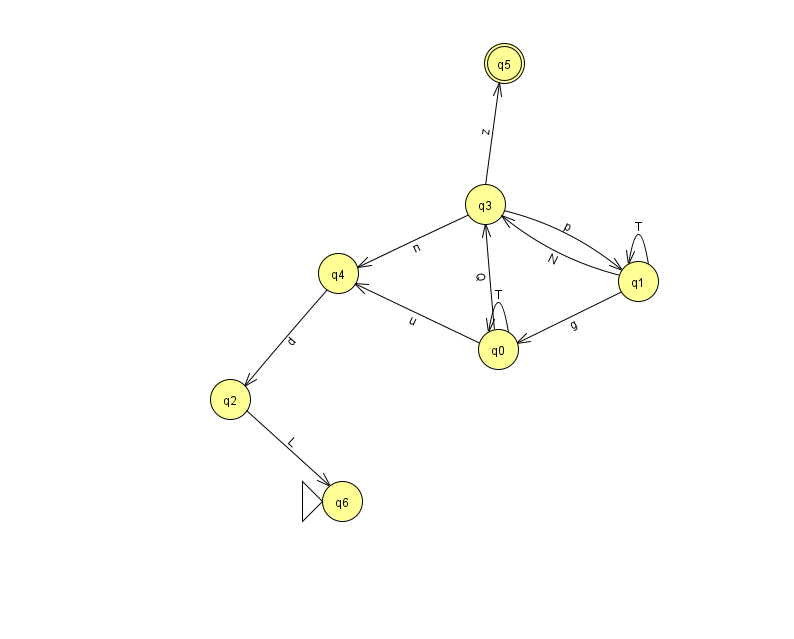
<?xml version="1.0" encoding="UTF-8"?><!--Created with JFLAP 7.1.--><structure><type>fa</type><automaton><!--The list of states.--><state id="0" name="q0"><x>498.0</x><y>336.0</y></state><state id="1" name="q1"><x>638.0</x><y>268.0</y></state><state id="2" name="q2"><x>230.0</x><y>386.0</y></state><state id="3" name="q3"><x>485.0</x><y>191.0</y></state><state id="4" name="q4"><x>338.0</x><y>260.0</y></state><state id="5" name="q5"><x>504.0</x><y>50.0</y><final/></state><state id="6" name="q6"><x>342.0</x><y>488.0</y><initial/></state><!--The list of transitions.--><transition><from>0</from><to>0</to><read>T</read></transition><transition><from>1</from><to>1</to><read>T</read></transition><transition><from>2</from><to>6</to><read>L</read></transition><transition><from>1</from><to>3</to><read>N</read></transition><transition><from>0</from><to>3</to><read>Q</read></transition><transition><from>3</from><to>4</to><read>n</read></transition><transition><from>3</from><to>1</to><read>p</read></transition><transition><from>1</from><to>0</to><read>g</read></transition><transition><from>0</from><to>4</to><read>u</read></transition><transition><from>4</from><to>2</to><read>d</read></transition><transition><from>3</from><to>5</to><read>z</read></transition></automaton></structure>